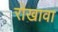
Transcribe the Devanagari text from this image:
रोखावा